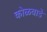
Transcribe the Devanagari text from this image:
कोळवाडे